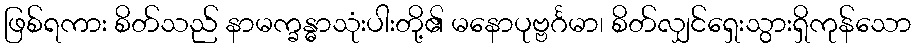
ဖြစ်ရကား စိတ်သည် နာမက္ခန္ဓာသုံးပါးတို့၏ မနောပုဗ္ဗင်္ဂမာ၊ စိတ်လျှင်ရှေးသွားရှိကုန်သော